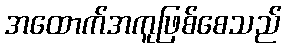
အထောက်အကူဖြစ်စေသည်